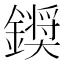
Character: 𮣗